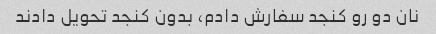
نان دو رو کنجد سفارش دادم، بدون کنجد تحویل دادند